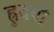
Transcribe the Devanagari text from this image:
ह्रुदयी